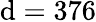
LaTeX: \mathrm{d}=376